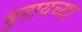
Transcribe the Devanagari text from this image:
बुडायच्या